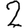
Digit: 2